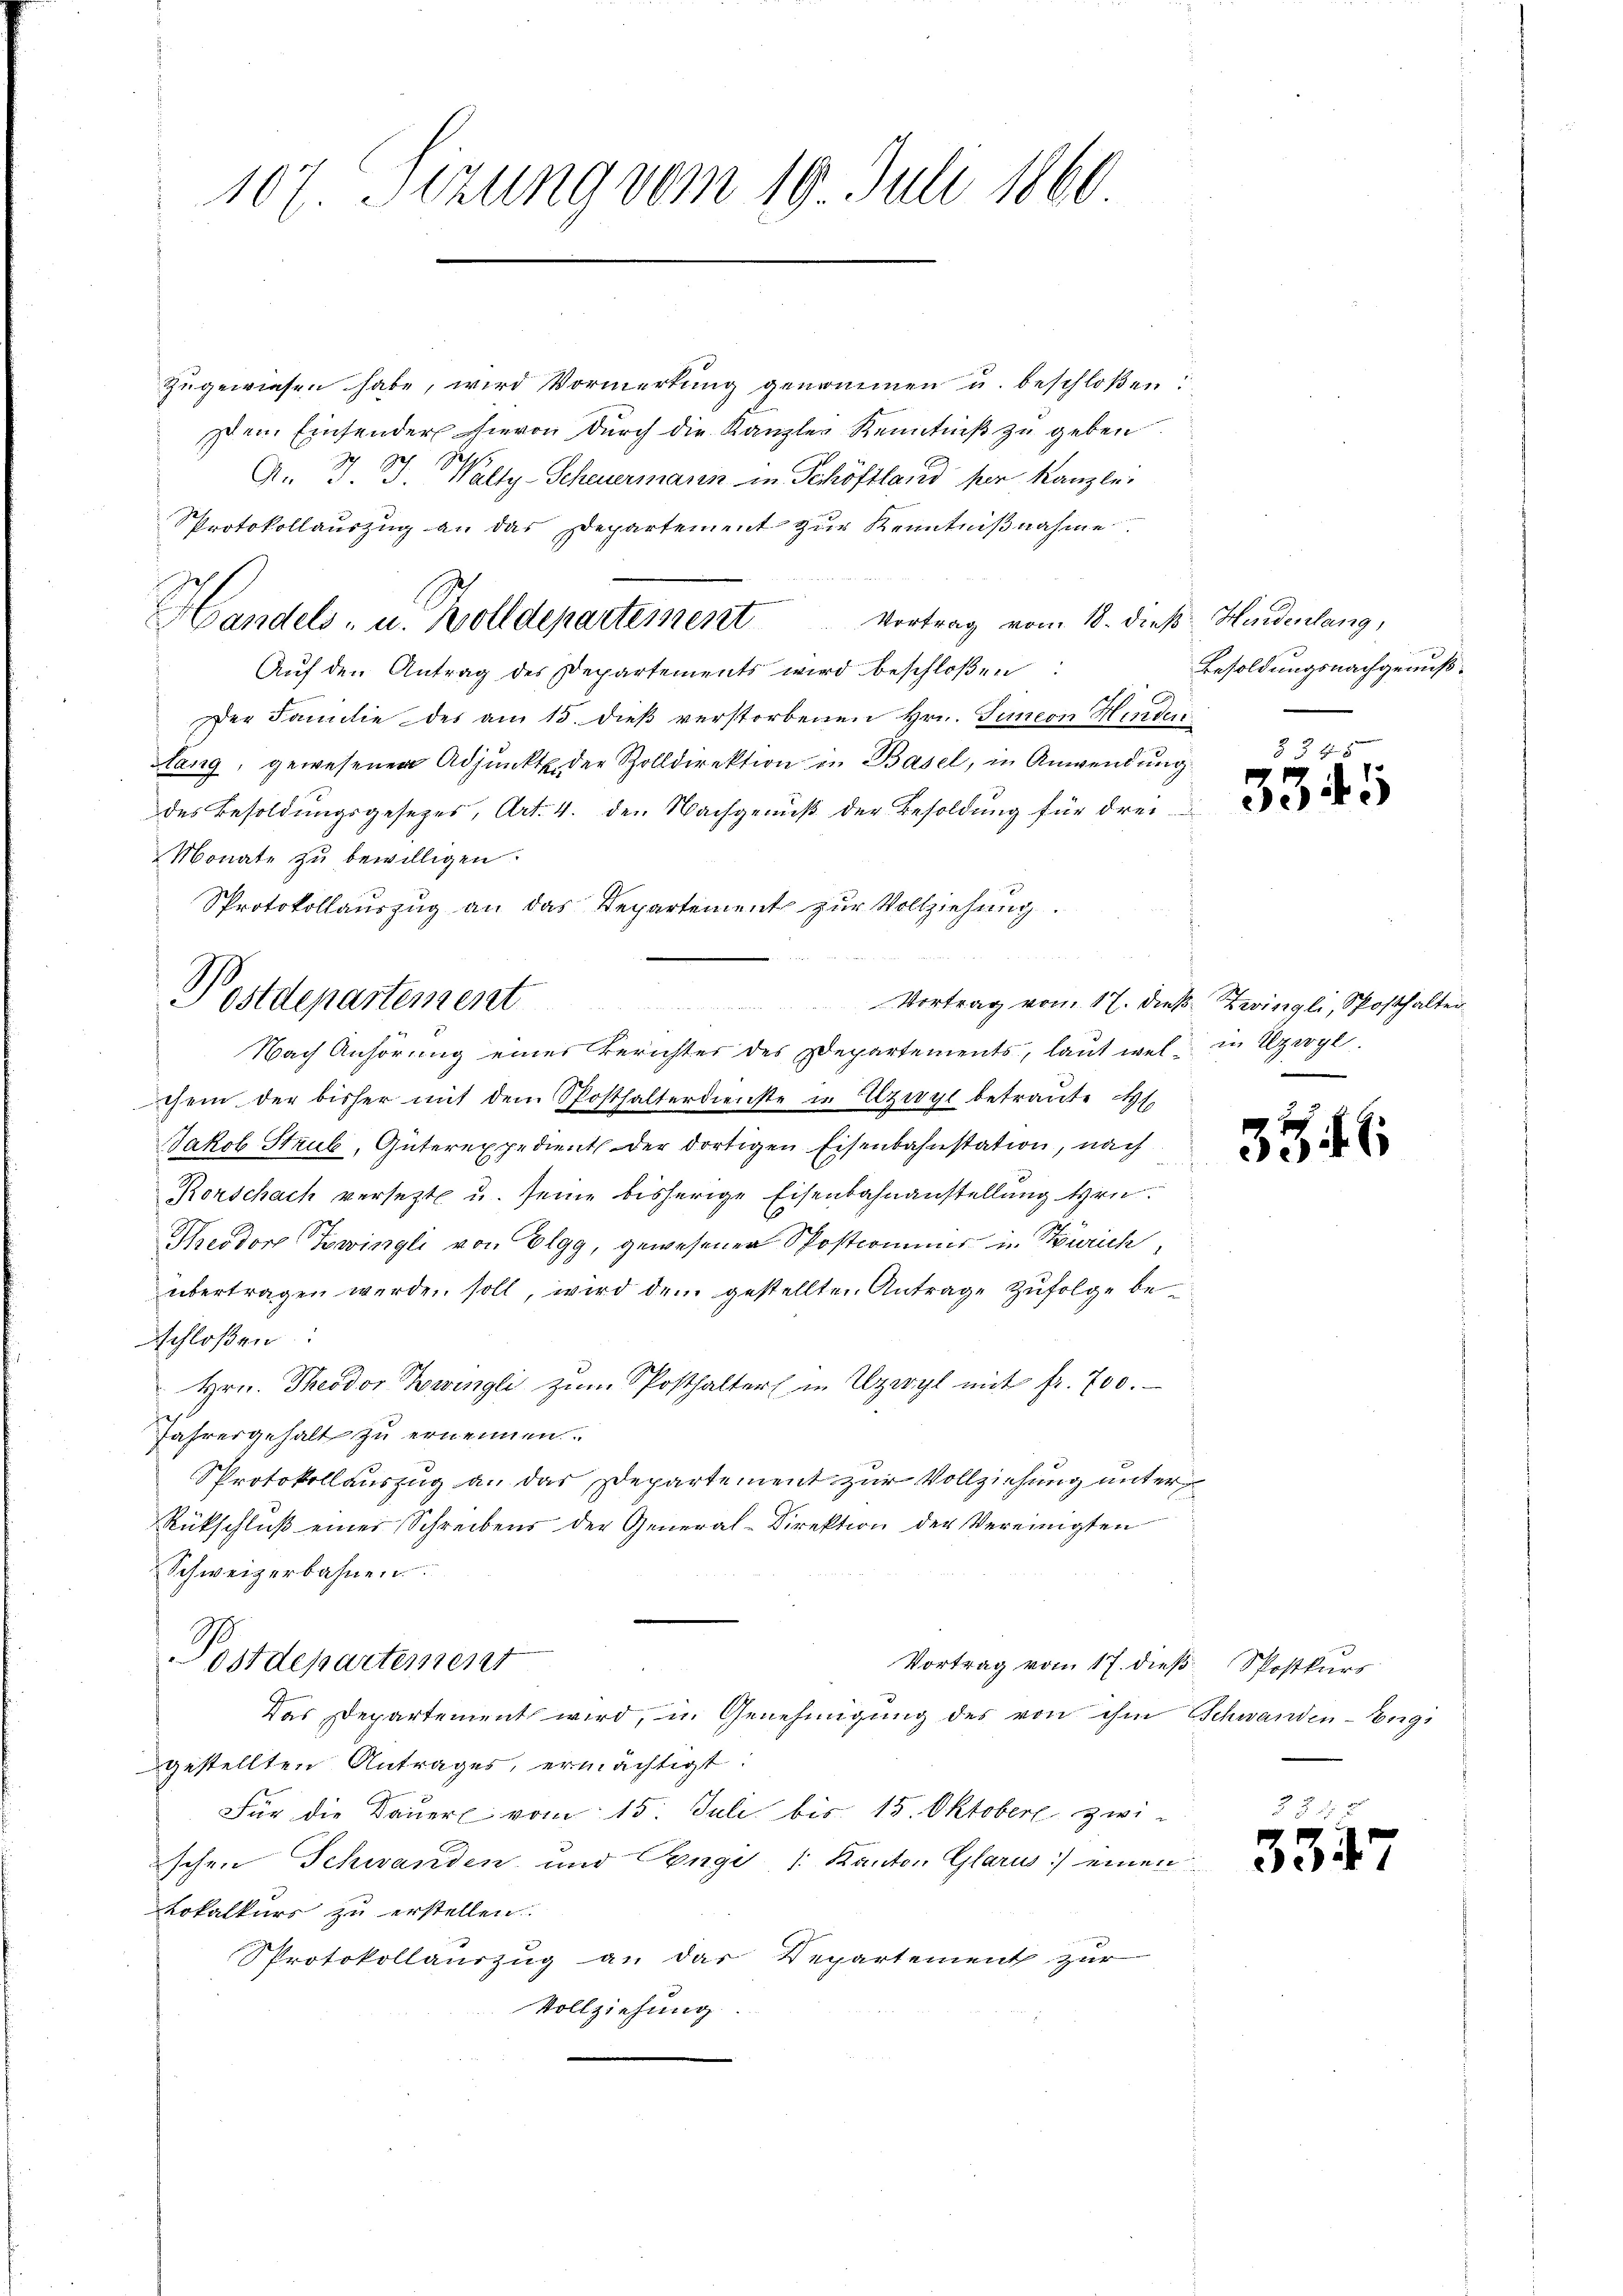
107. Sizung vom 19. Juli 1860

zugewiesen habe, wird Vormerkung genommen u. beschloßen:
sem Einsender hievon durch die Kanzler Kenntniß zu geben
Jesp
A. J. J. Walty-Scheuermann in Schöffland her Kanzlei
Pprotokollauszug an das Departement zur Kenntnißnahme
Vortrag vom 18. dieß Hudenlang,
Auf den Antrag des Departements wird beschloßen:
Der Familie des am 15. dieß verstorbenen Hrn. Junion Hinder
sang, gewesenen Adjunkt der Zolldirektion in Basel, in Anwendung
des Besoldungsgesezes, Art. 4. den Nachgenuß der Besoldung für drei¬
Monate zu bewilligen.
Pprotokollauszug an das Departement zur Vollziehung.
e

Nach Anhörung einer Berichter des Departements, laut wel in Uzigl.
chem der bisher mit dem Posthalterdienste u. Elzwyl betraute
Jakob Strub, Güterexpedient der dortigen Eisenbahnstation, nach
Rorschach versezte u. seine bisherige Eisenbahnanstellung Hrn.
Keodor Zwingli von Elgg, gewesener Postcommis in Zürich,
übertragen werden soll, wird dem gestellten Antrage zufolge beschloßen:
Hrn. Theodor Zwingli zum Posthalter in Uzwyl mit fr. 700.
Jahresgehalt zu ernennen.
SProtokollauszug a. das Departement zur Vollziehung unter
Rückschluß einer Schreibens der General-Direktion der Vereinigten
Schweizerbahnen
Postdepartement
Vortrag vom 17. dieß
Das Departement wird, u. Genehmigung des von ihm Schwanden-Engi
gestellten Antrages, ermächtigt:
Für die Dauerl vom 15. Juli bis 15. Oktober zwischen Schwanden und Gengi /: Kanton Glarus) einen
Lokalkurs zu erstellen
Sprotokollauszug an dar Departement zur
Vollziehung.

Handels- u. Zolldepartement

Postdepartement

Besoldungsnachgenuß.

§ 345
3345

Vortrag vom 17. dieß. Zwingli, Sposthalter
v

35.

Spostkurs

334

E